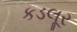
કડલૂર